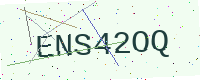
Text: ENS42OQ